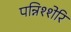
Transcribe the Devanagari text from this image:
पन्निश्शेरि